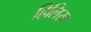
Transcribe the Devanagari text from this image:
हिलिस